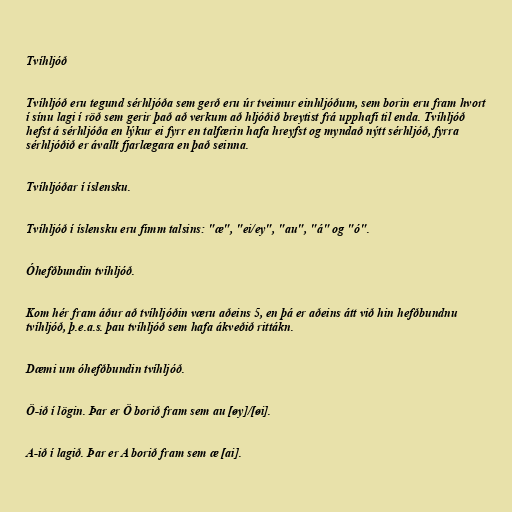
Tvíhljóð

Tvíhljóð eru tegund sérhljóða sem gerð eru úr tveimur einhljóðum, sem borin eru fram hvort
í sínu lagi í röð sem gerir það að verkum að hljóðið breytist frá upphafi til enda. Tvíhljóð
hefst á sérhljóða en lýkur ei fyrr en talfærin hafa hreyfst og myndað nýtt sérhljóð, fyrra
sérhljóðið er ávallt fjarlægara en það seinna.

Tvíhljóðar í íslensku.

Tvíhljóð í íslensku eru fimm talsins: "æ", "ei/ey", "au", "á" og "ó".

Óhefðbundin tvíhljóð.

Kom hér fram áður að tvíhljóðin væru aðeins 5, en þá er aðeins átt við hin hefðbundnu
tvíhljóð, þ.e.a.s. þau tvíhljóð sem hafa ákveðið rittákn.

Dæmi um óhefðbundin tvíhljóð.

Ö-ið í lögin. Þar er Ö borið fram sem au [øy]/[øi].

A-ið í lagið. Þar er A borið fram sem æ [ai].